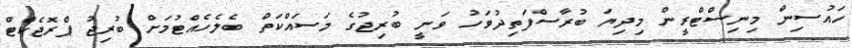
ހައުސިން މިނިސްޓްރީން މިދިޔަ ބުރާސްފަތިދުވަހު ވަނީ ބުރިޖުގެ މަސައްކަތް ބެލެހެއްޓުމަށް ބުރިޖު ޕްރޮޖެކްޓް